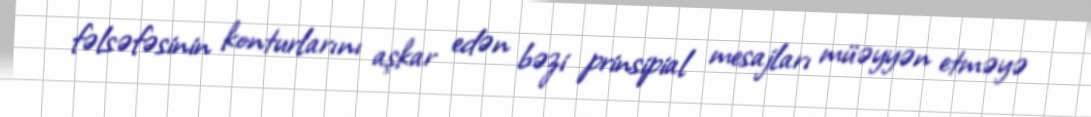
fəlsəfəsinin konturlarını aşkar edən bəzi prinsipial mesajları müəyyən etməyə